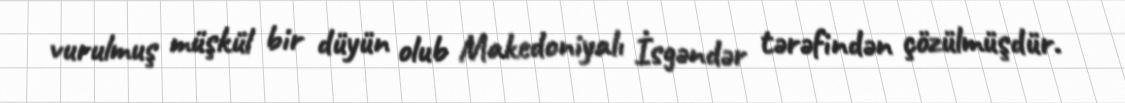
vurulmuş müşkül bir düyün olub Makedoniyalı İsgəndər tərəfindən çözülmüşdür.